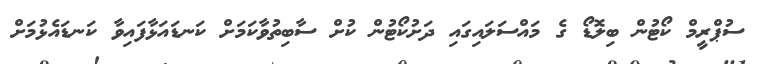
ސުޕްރީމް ކޯޓުން ބިލޮޑޯ ގެ މައްސަލައިގައި ދަށުކޯޓުން ކުށް ސާބިތުވާކަމަށް ކަނޑައަޅާފައިވާ ކަނޑައެޅުމަށް